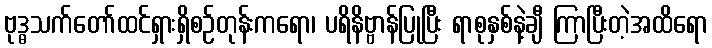
ဗုဒ္ဓသက်တော်ထင်ရှားရှိစဉ်တုန်းကရော၊ ပရိနိဗ္ဗာန်ပြုပြီး ရာစုနှစ်နဲ့ချီ ကြာပြီးတဲ့အထိရော